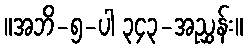
။အဘိ-၅-ပါ ၃၄၃-အညွှန်း။